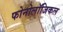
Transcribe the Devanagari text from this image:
फोनोलॉजिकल